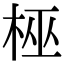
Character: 𬂳